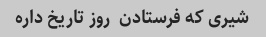
شیری که فرستادن  روز تاریخ داره